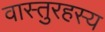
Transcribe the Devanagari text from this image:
वास्तुरहस्य